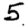
Digit: 5